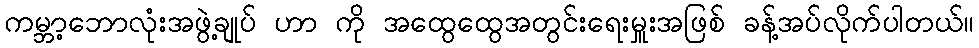
ကမ္ဘာ့ဘောလုံးအဖွဲ့ချုပ် ဟာ ကို အထွေထွေအတွင်းရေးမှူးအဖြစ် ခန့်အပ်လိုက်ပါတယ်။